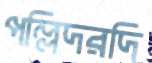
পল্লিদরদি